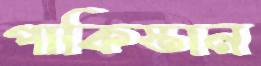
পাকিস্তান